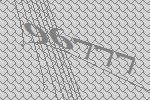
96777